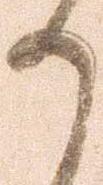
か